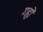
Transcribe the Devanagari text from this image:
गहृो